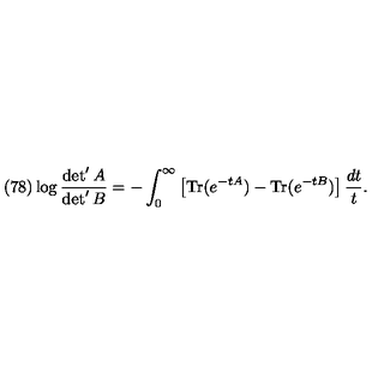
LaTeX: ( 7 8 ) \log \frac { \det ^ { \prime } A } { \det ^ { \prime } B } = - \int _ { 0 } ^ { \infty } \left[ \mathrm { T r } ( e ^ { - t A } ) - \mathrm { T r } ( e ^ { - t B } ) \right] \frac { d t } { t } .